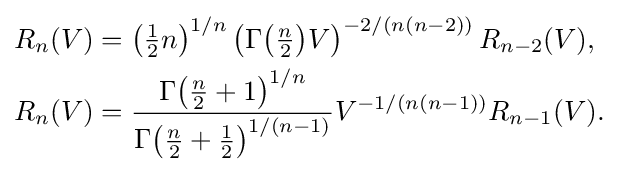
{\begin{aligned}R_{n}(V)&={\bigl (}{\tfrac {1}{2}}n{\bigr )}^{1/n}\left(\Gamma {\bigl (}{\tfrac {n}{2}}{\bigr )}V\right)^{-2/(n(n-2))}R_{n-2}(V),\\R_{n}(V)&={\frac {\Gamma {\bigl (}{\tfrac {n}{2}}+1{\bigr )}^{1/n}}{\Gamma {\bigl (}{\tfrac {n}{2}}+{\tfrac {1}{2}}{\bigr )}^{1/(n-1)}}}V^{-1/(n(n-1))}R_{n-1}(V).\end{aligned}}